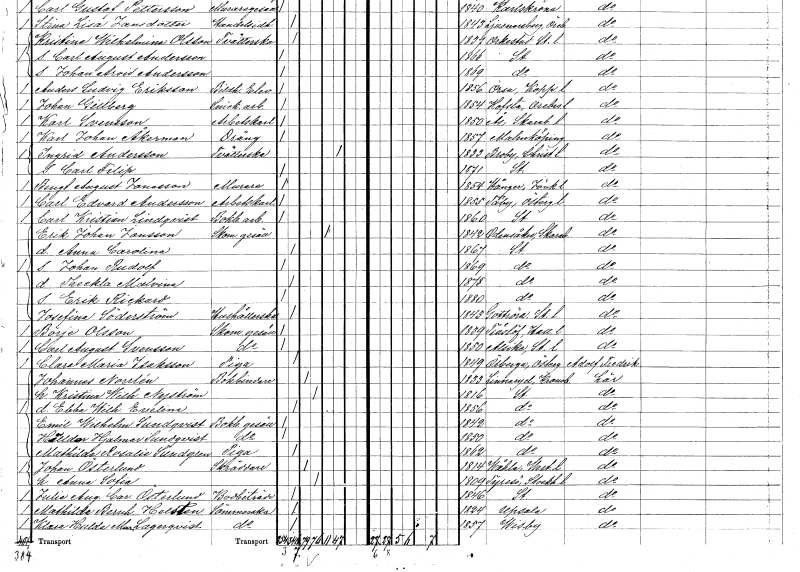
gt_parse: households: individuals: FN: Carl Edvard
EN: Andersson
YRKE: Arbetskarl
KON: M
CIV: O
FODAR: 1855
FODFORS: Tåby Östergötlands län
FN: Carl Kristian
EN: Lindqvist
YRKE: Bokbinderiarbetare
KON: M
CIV: O
FODAR: 1860
FODFORS: Stockholm
FN: Erik Johan
EN: Jonsson
YRKE: Skomakaregesäll
KON: M
CIV: E
FODAR: 1842
FODFORS: Odensåker Skaraborgs län
FN: Anna Carolina
KON: K
CIV: O
FODAR: 1867
FODFORS: Stockholm
FN: Johan Rudolf
KON: M
CIV: O
FODAR: 1869
FODFORS: Stockholm
FN: Theckla Malvina
KON: K
CIV: O
FODAR: 1878
FODFORS: Stockholm
FN: Erik Rickard
KON: M
CIV: O
FODAR: 1880
FODFORS: Stockholm
FN: Josefina
EN: Söderström
YRKE: Hushållerska
KON: K
CIV: O
FODAR: 1843
FODFORS: Gottröra Stockholms län
FN: Börje
EN: Olsson
YRKE: Skomakaregesäll
KON: M
CIV: O
FODAR: 1839
FODFORS: Träslöv Hallands län
FN: Carl August
EN: Svensson
YRKE: Skomakaregesäll
KON: M
CIV: O
FODAR: 1850
FODFORS: Alsike Uppsala län
FN: Clara Maria
EN: Isaksson
YRKE: Piga
KON: K
CIV: O
FODAR: 1849
FODFORS: Örberga Östergötlands län
FN: Johannes
EN: Norrlén
YRKE: Bokbindare
KON: M
CIV: G
FODAR: 1833
FODFORS: Linneryd Kronobergs län
FN: Kristina Wilhelmina
EN: Nyström
KON: K
CIV: G
FODAR: 1816
FODFORS: Stockholm
FN: Ebba Wilhelmina Evelina
KON: K
CIV: O
FODAR: 1856
FODFORS: Stockholm
FN: Emil Wilhelm
EN: Sundqvist
YRKE: Bokbindaregesäll
KON: M
CIV: O
FODAR: 1842
FODFORS: Stockholm
FN: Hilldor Hjalmar
EN: Sundqvist
YRKE: Bokbindaregesäll
KON: M
CIV: O
FODAR: 1850
FODFORS: Stockholm
FN: Mathilda Rosalie
EN: Sundgren
YRKE: Piga
KON: K
CIV: O
FODAR: 1862
FODFORS: Stockholm
FN: Johan
EN: Österlund
YRKE: Skräddare
KON: M
CIV: G
FODAR: 1814
FODFORS: Våla Västmanlands län
FN: Anna Sofia
KON: K
CIV: G
FODAR: 1809
FODFORS: Tyresö Stockholms län
FN: Julia Augusta Carolina
EN: Österlund
YRKE: Bodbiträde
KON: K
CIV: O
FODAR: 1846
FODFORS: Stockholm
FN: Mathilda Bernhardina
EN: Helsten
YRKE: Sömmerska
KON: K
CIV: O
FODAR: 1824
FODFORS: Uppsala Uppsala län
FN: Klara Hulda Maria
EN: Lagerqvist
YRKE: Sömmerska
KON: K
CIV: O
FODAR: 1857
FODFORS: Visby Gotlands län